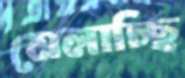
মেলাচ্ছি